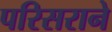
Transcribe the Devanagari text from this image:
परिसराने